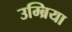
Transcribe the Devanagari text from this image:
उम्ब्रिया